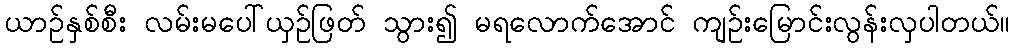
ယာဉ်နှစ်စီး လမ်းမပေါ်ယှဉ်ဖြတ် သွား၍ မရလောက်အောင် ကျဉ်းမြောင်းလွန်းလှပါတယ်။